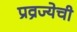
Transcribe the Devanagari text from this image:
प्रव्रज्येची